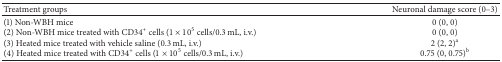
| Treatment groups | Neuronal damage score (0–3) |
 | --- | --- |
 | (1) Non-WBH mice | 0 (0, 0) |
 | (2) Non-WBH mice treated with CD34+ cells (1 × 105 cells/0.3 mL, i.v.) | 0 (0, 0) |
 | (3) Heated mice treated with vehicle saline (0.3 mL, i.v.) | 2 (2, 2)a |
 | (4) Heated mice treated with CD34+ cells (1 × 105 cells/0.3 mL, i.v.) | 0.75 (0, 0.75)b |